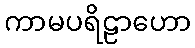
ကာမပရိဠာဟော